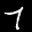
Label: 7